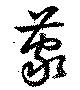
蒙